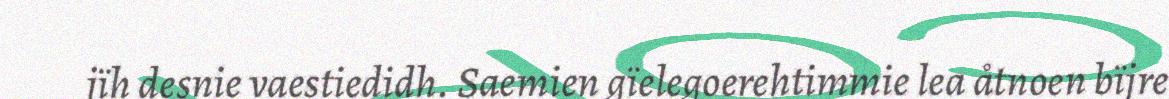
jïh desnie vaestiedidh. Saemien gïelegoerehtimmie lea åtnoen bïjre